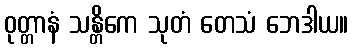
ဝုတ္တာနံ သန္တိကေ သုတံ တေသံ ဘေဒါယ။